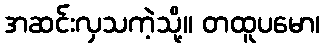
အဆင်းလှသကဲ့သို့။ တထူပမော၊